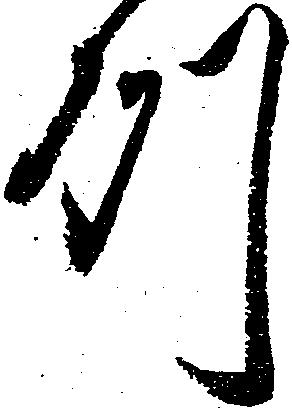
州